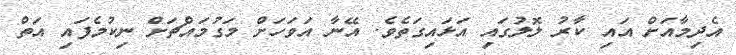
އެދިމާއަށް އައި ކާރު ލޮލުގައި އަޅައިގަތެވެ. އޭނާ އަވަހަށް މަގުމައްޗަށް ނިކުމެފައި އަތް